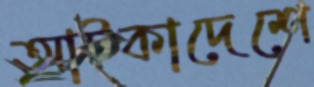
আটকাদেশে